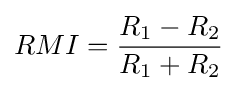
RMI={\frac {R_{1}-R_{2}}{R_{1}+R_{2}}}